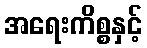
အရေးကိစ္စနှင့်